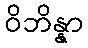
ဝိဘိန္နာ